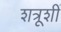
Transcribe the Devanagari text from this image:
शत्रूशीं